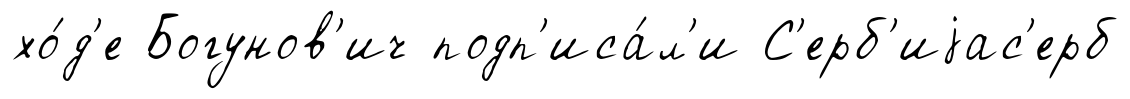
хо́д'е Богунов'ич подп'иса́л'и С'ерб'иjас'ерб